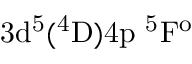
\mathrm { 3 d ^ { 5 } ( ^ { 4 } D ) 4 p \ ^ { 5 } F ^ { o } }